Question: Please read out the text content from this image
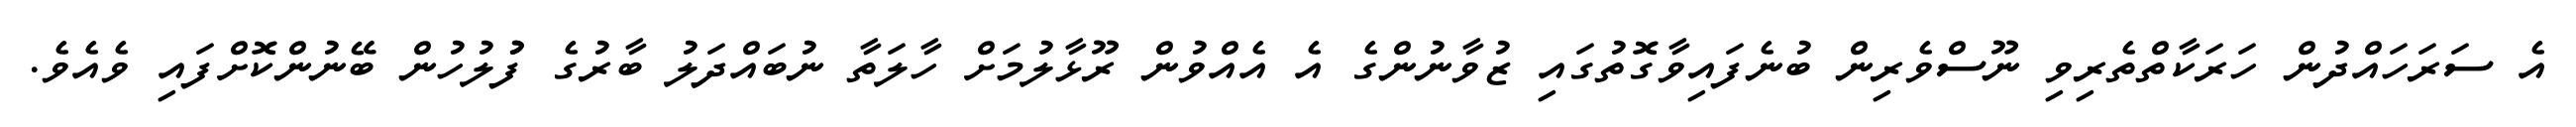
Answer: އެ ސަރަހައްދުން ހަރަކާތްތެރިވި ނޫސްވެރިން ބުނެފައިވާގޮތުގައި ޒުވާނުންގެ އެ އެއްވުން ރޫޅާލުމަށް ހާލަތާ ނުބައްދަލު ބާރުގެ ފުުލުހުން ބޭނުންކޮށްފައި ވެއެވެ.